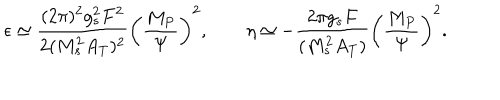
\epsilon \simeq \frac { ( 2 \pi ) ^ { 2 } g _ { s } ^ { 2 } F ^ { 2 } } { 2 ( M _ { s } ^ { 2 } A _ { T } ) ^ { 2 } } \left( \frac { M _ { P } } { \Psi } \right) ^ { 2 } , \qquad \eta \simeq - \frac { 2 \pi g _ { s } F } { ( M _ { s } ^ { 2 } A _ { T } ) } \left( \frac { M _ { P } } { \Psi } \right) ^ { 2 } .